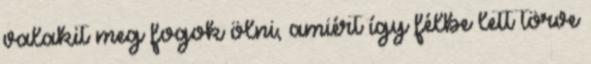
valakit meg fogok ölni, amiért így félbe lett törve